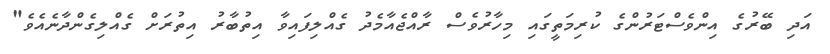
އަދި ބޭރުގެ އިންވެސްޓަރުންގެ ކުރިމަތީގައި މިހާރުވެސް ރާއްޖެއާމެދު ގެއްލިފައިވާ އިތުބާރު އިތުރަށް ގެއްލިގެންދާނެއެވެ"